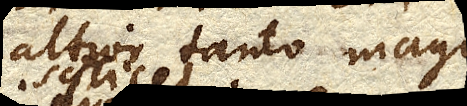
altior tanto magis